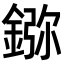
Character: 𨨮